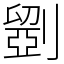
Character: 𠠇